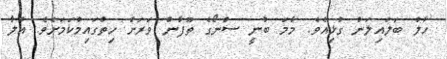
ހާލު ބަލައިލަން ގުޅިއެވެ. މާމަ ބުނީ ސްނޯގެ ތޫފާން ވަރަށް ހިތްގައިމުކަމަށެވެ. އުލާ